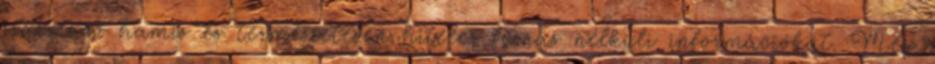
származó hamis és természetesen hiteles forrás nélküli információkat. Még